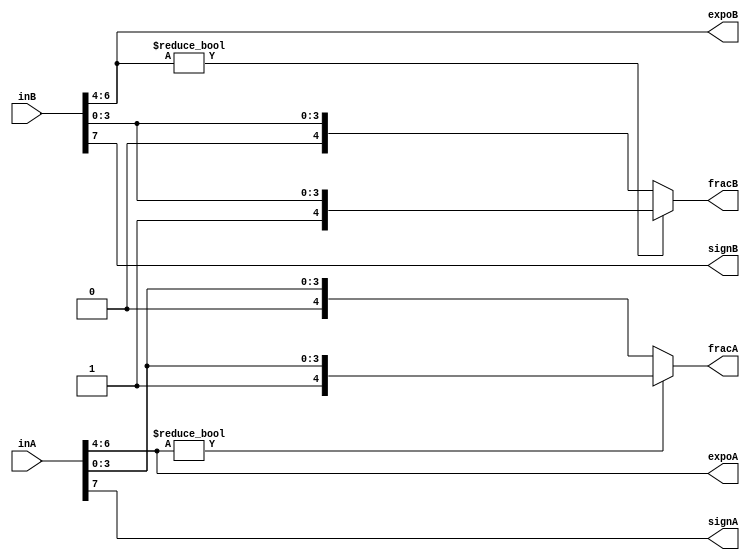
module unpack #(
    parameter EXP = 3,
    parameter FRA = 4
) (
    input  [EXP+FRA:0]  inA,
    input  [EXP+FRA:0]  inB,

    output              signA,
    output [EXP-1:0]    expoA,
    output [FRA : 0]    fracA,

    output              signB,
    output [EXP-1:0]    expoB,
    output [FRA : 0]    fracB
);

assign signA = inA[EXP+FRA];
assign expoA = inA[EXP+FRA-1:FRA];
assign fracA = expoA ? {1'b1,inA[FRA-1:0]} : {1'b0,inA[FRA-1:0]};

assign signB = inB[EXP+FRA];
assign expoB = inB[EXP+FRA-1:FRA];
assign fracB = expoB ? {1'b1,inB[FRA-1:0]} : {1'b0,inB[FRA-1:0]};

endmodule  //unpack

module pairStep #(
    parameter EXP = 3,
    parameter FRA = 4
) (
    input  [EXP-1:0] expoA,
    input  [EXP-1:0] expoB,

    input  [FRA:0]   ifracA,
    input  [FRA:0]   ifracB,

    output           over,
    output [EXP-1:0] oexpo,
    output [FRA:0]   ofracA,
    output [FRA:0]   ofracB
);

wire [EXP-1:0] preShift = (expoA > expoB) ? 
                          (expoA - expoB) : 
                          (expoB - expoA) ;

assign over = preShift > (FRA + 1);
wire [EXP-1:0] nShift = over ? FRA : preShift;

assign oexpo  = (expoA > expoB) ? expoA : expoB;
assign ofracA = (expoA == 1'b0) ? ((expoA >= expoB) ? ifracA : (ifracA >> (nShift-1))) : ((expoA > expoB) ? ifracA : (ifracA >> nShift));
assign ofracB = (expoB == 1'b0) ? ((expoA > expoB) ? (ifracB >> (nShift-1)) : ifracB) : ((expoA > expoB) ? (ifracB >> nShift) : ifracB);

endmodule  //pairStep

module cksp #(
    parameter EXP = 3,
    parameter FRA = 4
) (
    input   [EXP-1:0] expo,
    input   [FRA-1:0] frac,

    output  [2:0]     flag   
);

localparam EXP_FULL = 2**EXP - 1;  

assign flag[0] = ((expo == 0) & (frac == 0)) ? 1 : 0;           // Zero
assign flag[1] = ((expo == EXP_FULL) & (frac == 0)) ? 1 : 0;    // Inf
assign flag[2] = ((expo == EXP_FULL) & (frac != 0)) ? 1 : 0;    // NaN

endmodule  //cksp

module pack #(
    parameter EXP = 3,
    parameter FRA = 4
) (
    output  [EXP+FRA:0] out,
    input               sign,
    input [EXP-1:0]     expo,
    input [FRA-1:0]     frac
);

assign out =  {sign,expo,frac};

endmodule  //pack

module normal #(
    parameter EXP = 3,
    parameter FRA = 4
) (
    input      [4:0]    iexpo,
    input      [11:0]   ifrac,

    output     [4:0]    oexpo,
    output     [9:0]    ofrac,
    output reg [3:0]    cnt
);

assign ofrac = ifrac[11] ? ifrac[10:1] :
               ifrac[10] ? ifrac[9:0]  :
               ifrac[9]  ? {ifrac[8:0],1'b0} :
               ifrac[8]  ? {ifrac[7:0],2'b0} :
               ifrac[7]  ? {ifrac[6:0],3'b0} :
               ifrac[6]  ? {ifrac[5:0],4'b0} :
               ifrac[5]  ? {ifrac[4:0],5'b0} :
               ifrac[4]  ? {ifrac[3:0],6'b0} :
               ifrac[3]  ? {ifrac[2:0],7'b0} :
               ifrac[2]  ? {ifrac[1:0],8'b0} :
               ifrac[1]  ? {ifrac[0:0],9'b0} :
               ifrac[0]  ? 10'b0 : 10'b0;

assign oexpo = ifrac[11] ? iexpo + 1  :
               ifrac[10] ? iexpo      :
               ifrac[9]  ? iexpo - 1  :
               ifrac[8]  ? iexpo - 2  :
               ifrac[7]  ? iexpo - 3  :
               ifrac[6]  ? iexpo - 4  :
               ifrac[5]  ? iexpo - 5  :
               ifrac[4]  ? iexpo - 6  : 
               ifrac[3]  ? iexpo - 7  : 
               ifrac[2]  ? iexpo - 8  :
               ifrac[1]  ? iexpo - 9  :
               ifrac[0]  ? iexpo - 10 : 0;

    always @(*) begin
        if(ifrac[11])begin
            cnt   <= 1'b0;
        end
        else if(ifrac[10])begin
            cnt   <= 1'b0;
        end
        else if(ifrac[9])begin
            cnt   <= 4'd1;
        end
        else if(ifrac[8])begin
            cnt   <= 4'd2;
        end
        else if(ifrac[7])begin
            cnt   <= 4'd3;
        end
        else if(ifrac[6])begin
            cnt   <= 4'd4;
        end
        else if(ifrac[5])begin
            cnt   <= 4'd5;
        end
        else if(ifrac[4])begin
            cnt   <= 4'd6;
        end
        else if(ifrac[3])begin
            cnt   <= 4'd7;
        end
        else if(ifrac[2])begin
            cnt   <= 4'd8;
        end
        else if(ifrac[1])begin
            cnt   <= 4'd9;
        end
        else if(ifrac[0])begin
            cnt   <= 4'd10;
        end
        else begin
            cnt   <= 4'd0;
        end
    end

endmodule

module normal_mult #(
    parameter EXP = 3,
    parameter FRA = 4
) (
    input  [4:0]    iexpo,
    input  [10:0]   ifrac,

    output [4:0]    oexpo,
    output [9:0]    ofrac
);

assign ofrac = ifrac[10] ? ifrac[9:0]        :
               ifrac[9]  ? {ifrac[8:0],1'b0} :
               ifrac[8]  ? {ifrac[7:0],2'b0} :
               ifrac[7]  ? {ifrac[6:0],3'b0} :
               ifrac[6]  ? {ifrac[5:0],4'b0} :
               ifrac[5]  ? {ifrac[4:0],5'b0} :
               ifrac[4]  ? {ifrac[3:0],6'b0} :
               ifrac[3]  ? {ifrac[2:0],7'b0} :
               ifrac[2]  ? {ifrac[1:0],8'b0} :
               ifrac[1]  ? {ifrac[0:0],9'b0} :
               ifrac[0]  ? 10'b0 : 10'b0;

assign oexpo = ifrac[10] ? iexpo      :
               ifrac[9]  ? iexpo - 1  :
               ifrac[8]  ? iexpo - 2  :
               ifrac[7]  ? iexpo - 3  :
               ifrac[6]  ? iexpo - 4  :
               ifrac[5]  ? iexpo - 5  :
               ifrac[4]  ? iexpo - 6  : 
               ifrac[3]  ? iexpo - 7  : 
               ifrac[2]  ? iexpo - 8  :
               ifrac[1]  ? iexpo - 9  :
               ifrac[0]  ? iexpo - 10 : 0;

endmodule

module unpack_sequential #(
    parameter EXP = 3,
    parameter FRA = 4
) (
    input                   aclk,
    input                   aresetn,

    input  [EXP+FRA:0]      inA,
    input                   S_A_tvalid,

    input  [EXP+FRA:0]      inB,
    input                   S_B_tvalid,

    output reg              signA,
    output reg [EXP-1:0]    expoA,
    output reg [FRA : 0]    fracA,
    output reg              M_A_tvalid,

    output reg              signB,
    output reg [EXP-1:0]    expoB,
    output reg [FRA : 0]    fracB,
    output reg              M_B_tvalid
);

always @(posedge aclk or posedge aresetn) begin
    if(aresetn)begin
        signA      <= 1'b0;
        signB      <= 1'b0;
        expoA      <= 1'b0;
        expoB      <= 1'b0;
        fracA      <= 1'b0;
        fracB      <= 1'b0;
        M_A_tvalid <= 1'b0;
        M_B_tvalid <= 1'b0;
    end
    else begin
        signA      <= inA[EXP+FRA];
        expoA      <= inA[EXP+FRA-1:FRA];
        M_A_tvalid <= S_A_tvalid && S_B_tvalid;
        signB      <= inB[EXP+FRA];
        expoB      <= inB[EXP+FRA-1:FRA];
        M_B_tvalid <= S_A_tvalid && S_B_tvalid;
        if(inA[EXP+FRA-1:FRA] == {(EXP){1'b0}})begin
            fracA  <= {1'b0,inA[FRA-1:0]};
        end
        else begin
            fracA  <= {1'b1,inA[FRA-1:0]};
        end
        if(inB[EXP+FRA-1:FRA] == {(EXP){1'b0}})begin
            fracB  <= {1'b0,inB[FRA-1:0]};
        end
        else begin
            fracB  <= {1'b1,inB[FRA-1:0]};
        end
    end
end

endmodule  //unpack

module pairStep_sequential #(
    parameter EXP = 3,
    parameter FRA = 4
) (
    input                aclk,
    input                aresetn,

    input  [EXP-1:0]     expoA,
    input                S_A_tvalid,

    input  [EXP-1:0]     expoB,
    input                S_B_tvalid,

    input  [FRA:0]       ifracA,
    input  [FRA:0]       ifracB,

    output reg           over,
    output reg [EXP-1:0] oexpo,
    output reg           M_tvalid,

    output reg [FRA:0]   ofracA,
    output reg           M_A_tvalid,

    output reg [FRA:0]   ofracB,
    output reg           M_B_tvalid
);

//The master and slave are ready at the same time

wire [EXP-1:0] preShift = (expoA > expoB) ? 
                          (expoA - expoB) : 
                          (expoB - expoA) ;
wire           over_reg = preShift > (FRA + 1);    
wire [EXP-1:0] nShift   = over_reg ? FRA : preShift;

always @(posedge aclk or posedge aresetn) begin
    if(aresetn)begin
        over       <= 1'b0;
        oexpo      <= 1'b0;
        ofracA     <= 1'b0;
        ofracB     <= 1'b0;
        M_tvalid   <= 1'b0;
        M_A_tvalid <= 1'b0;
        M_B_tvalid <= 1'b0;
    end
    else begin
        over       <= over_reg;
        oexpo      <= (expoA > expoB) ? expoA : expoB;
        if(expoA == 1'b0)
            ofracA     <= (expoA >= expoB) ? ifracA : (ifracA >> (nShift - 1'b1));
        else 
            ofracA     <= (expoA >= expoB) ? ifracA : (ifracA >> nShift);
        if(expoB == 1'b0)
            ofracB     <= (expoA > expoB) ? (ifracB >> (nShift - 1'b1)) : ifracB;
        else 
            ofracB     <= (expoA > expoB) ? (ifracB >> nShift) : ifracB;
        M_tvalid   <= S_A_tvalid && S_B_tvalid;
        M_A_tvalid <= S_A_tvalid && S_B_tvalid;
        M_B_tvalid <= S_A_tvalid && S_B_tvalid;
    end
end

endmodule  //pairStep

module normal_sequential #(
    parameter EXP = 3,
    parameter FRA = 4
) (
    input              aclk,
    input              aresetn,

    input  [4:0]       iexpo,
    input  [11:0]      ifrac,
    input              S_tvalid,

    output reg [4:0]   oexpo,
    output reg [9:0]   ofrac,
    output reg         M_tvalid,
    output reg [3:0]   cnt
);

always @(posedge aclk or posedge aresetn) begin
    if(aresetn)begin
        oexpo    <= 1'b0;
        ofrac    <= 1'b0;
        M_tvalid <= 1'b0;
        cnt      <= 1'b0;
    end
    else begin
        M_tvalid <= S_tvalid;
        if(ifrac[11])begin
            ofrac <= ifrac[10:1];
            oexpo <= iexpo + 1;
            cnt   <= 1'b0;
        end
        else if(ifrac[10])begin
            ofrac <= ifrac[9:0];
            oexpo <= iexpo;
            cnt   <= 1'b0;
        end
        else if(ifrac[9])begin
            ofrac <= {ifrac[8:0],1'b0};
            oexpo <= iexpo - 1;
            cnt   <= 4'd1;
        end
        else if(ifrac[8])begin
            ofrac <= {ifrac[7:0],2'b0};
            oexpo <= iexpo - 2;
            cnt   <= 4'd2;
        end
        else if(ifrac[7])begin
            ofrac <= {ifrac[6:0],3'b0};
            oexpo <= iexpo - 3;
            cnt   <= 4'd3;
        end
        else if(ifrac[6])begin
            ofrac <= {ifrac[5:0],4'b0};
            oexpo <= iexpo - 4;
            cnt   <= 4'd4;
        end
        else if(ifrac[5])begin
            ofrac <= {ifrac[4:0],5'b0};
            oexpo <= iexpo - 5;
            cnt   <= 4'd5;
        end
        else if(ifrac[4])begin
            ofrac <= {ifrac[3:0],6'b0};
            oexpo <= iexpo - 6;
            cnt   <= 4'd6;
        end
        else if(ifrac[3])begin
            ofrac <= {ifrac[2:0],7'b0};
            oexpo <= iexpo - 7;
            cnt   <= 4'd7;
        end
        else if(ifrac[2])begin
            ofrac <= {ifrac[1:0],8'b0};
            oexpo <= iexpo - 8;
            cnt   <= 4'd8;
        end
        else if(ifrac[1])begin
            ofrac <= {ifrac[0:0],9'b0};
            oexpo <= iexpo - 9;
            cnt   <= 4'd9;
        end
        else if(ifrac[0])begin
            ofrac <= 10'b0;
            oexpo <= iexpo - 10;
            cnt   <= 4'd10;
        end
        else begin
            ofrac <= 10'b0;
            oexpo <= 0;
            cnt   <= 4'd0;
        end
    end
end

endmodule

module normal_tmult #(
    parameter EXP = 3,
    parameter FRA = 4
) (
    input              aclk,
    input              aresetn,

    input  [4:0]       iexpo,
    input  [10:0]      ifrac,
    input              S_tvalid,

    output reg [4:0]   oexpo,
    output reg [9:0]   ofrac,
    output reg         M_tvalid
);

always @(posedge aclk or posedge aresetn) begin
    if(aresetn)begin
        oexpo    <= 1'b0;
        ofrac    <= 1'b0;
        M_tvalid <= 1'b0;
    end
    else begin
        M_tvalid <= S_tvalid;
        if(ifrac[10])begin
            ofrac <= ifrac[9:0];
            oexpo <= iexpo;
        end
        else if(ifrac[9])begin
            ofrac <= {ifrac[8:0],1'b0};
            oexpo <= iexpo - 1;
        end
        else if(ifrac[8])begin
            ofrac <= {ifrac[7:0],2'b0};
            oexpo <= iexpo - 2;
        end
        else if(ifrac[7])begin
            ofrac <= {ifrac[6:0],3'b0};
            oexpo <= iexpo - 3;
        end
        else if(ifrac[6])begin
            ofrac <= {ifrac[5:0],4'b0};
            oexpo <= iexpo - 4;
        end
        else if(ifrac[5])begin
            ofrac <= {ifrac[4:0],5'b0};
            oexpo <= iexpo - 5;
        end
        else if(ifrac[4])begin
            ofrac <= {ifrac[3:0],6'b0};
            oexpo <= iexpo - 6;
        end
        else if(ifrac[3])begin
            ofrac <= {ifrac[2:0],7'b0};
            oexpo <= iexpo - 7;
        end
        else if(ifrac[2])begin
            ofrac <= {ifrac[1:0],8'b0};
            oexpo <= iexpo - 8;
        end
        else if(ifrac[1])begin
            ofrac <= {ifrac[0:0],9'b0};
            oexpo <= iexpo - 9;
        end
        else if(ifrac[0])begin
            ofrac <= 10'b0;
            oexpo <= iexpo - 10;
        end
        else begin
            ofrac <= 10'b0;
            oexpo <= 0;
        end
    end
end

endmodule